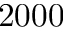
2 0 0 0